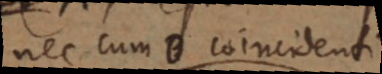
nec cum B coincidenti